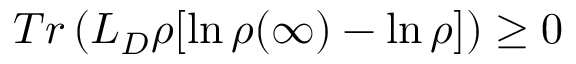
T r \left( L _ { D } \rho [ \ln \rho ( \infty ) - \ln \rho ] \right) \geq 0